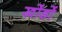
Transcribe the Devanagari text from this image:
खोंडों